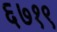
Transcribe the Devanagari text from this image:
६७१९